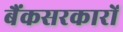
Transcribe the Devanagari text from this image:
बैंकसरकारों